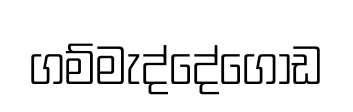
ගම්මැද්දේගොඩ